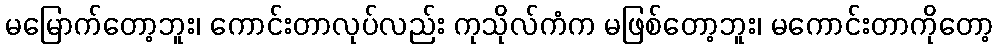
မမြောက်တော့ဘူး၊ ကောင်းတာလုပ်လည်း ကုသိုလ်ကံက မဖြစ်တော့ဘူး၊ မကောင်းတာကိုတော့